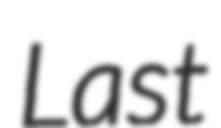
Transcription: Last